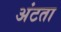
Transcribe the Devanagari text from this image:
अंटता